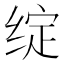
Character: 绽